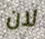
لان